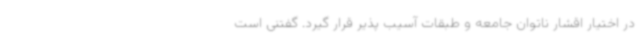
در اختیار اقشار ناتوان جامعه و طبقات آسیب پذیر قرار گیرد. گفتنی است